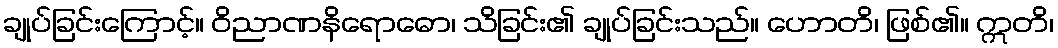
ချုပ်ခြင်းကြောင့်။ ဝိညာဏနိရောဓော၊ သိခြင်း၏ ချုပ်ခြင်းသည်။ ဟောတိ၊ ဖြစ်၏။ ဣတိ၊